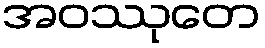
အဝဿုတေ